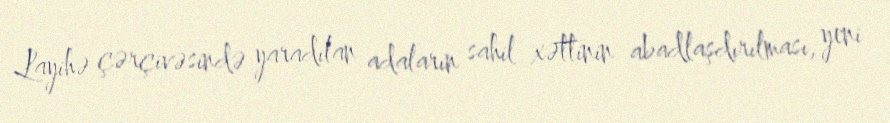
Layihə çərçivəsində yaradılan adaların sahil xəttinin abadlaşdırılması, yeni